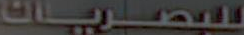
للبصريات